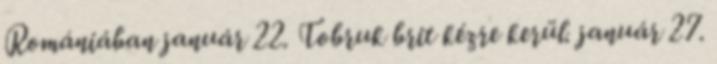
Romániában január 22. Tobruk brit kézre kerül. január 27.